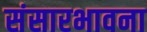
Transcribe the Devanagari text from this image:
संसारभावना